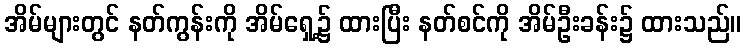
အိမ်များတွင် နတ်ကွန်းကို အိမ်ရှေ့၌ ထားပြီး နတ်စင်ကို အိမ်ဦးခန်း၌ ထားသည်။